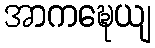
အာကဍ္ဎေယျ